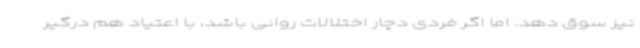
نیز سوق دهد. اما اگر فردی دچار اختلالات روانی باشد، با اعتیاد هم درگیر